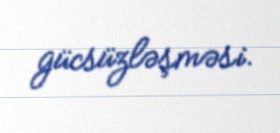
gücsüzləşməsi.